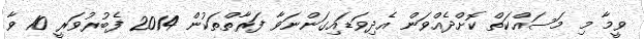
ވީމާ މި މަސައްކަތް ކޮށްދެއްވަން އެދިވަޑައިގަންނަވާ ފަރާތްތަކުން 2014 ފެބުރުވަރީ 10 ވާ